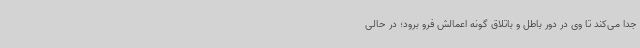
جدا می‌کند تا وی در دور باطل و باتلاق گونه اعمالش فرو برود؛ در حالی